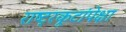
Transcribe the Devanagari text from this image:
राष्ट्रकूटांपेक्षा